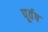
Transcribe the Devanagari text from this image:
पूर्वष